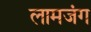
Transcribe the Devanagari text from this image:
लामजंग